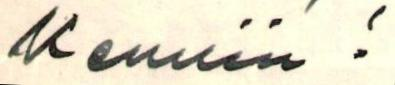
kemiin !